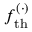
f _ { \mathrm { t h } } ^ { ( \cdot ) }